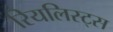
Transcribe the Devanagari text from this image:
रियलिस्ट्स